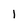
Character: l